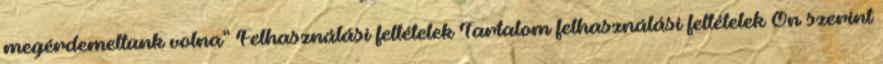
megérdemeltünk volna” Felhasználási feltételek Tartalom felhasználási feltételek Ön szerint